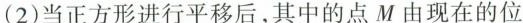
(2)当正方形进行平移后，其中的点M由现在的位